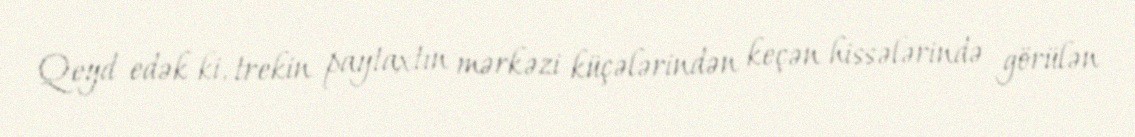
Qeyd edək ki, trekin paytaxtın mərkəzi küçələrindən keçən hissələrində görülən